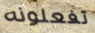
تفعلونه